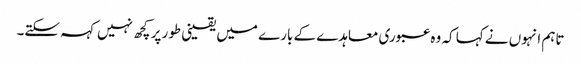
تاہم انہوں نے کہا کہ وہ عبوری معاہدے کے بارے میں یقینی طور پر کچھ نہیں کہہ سکتے۔